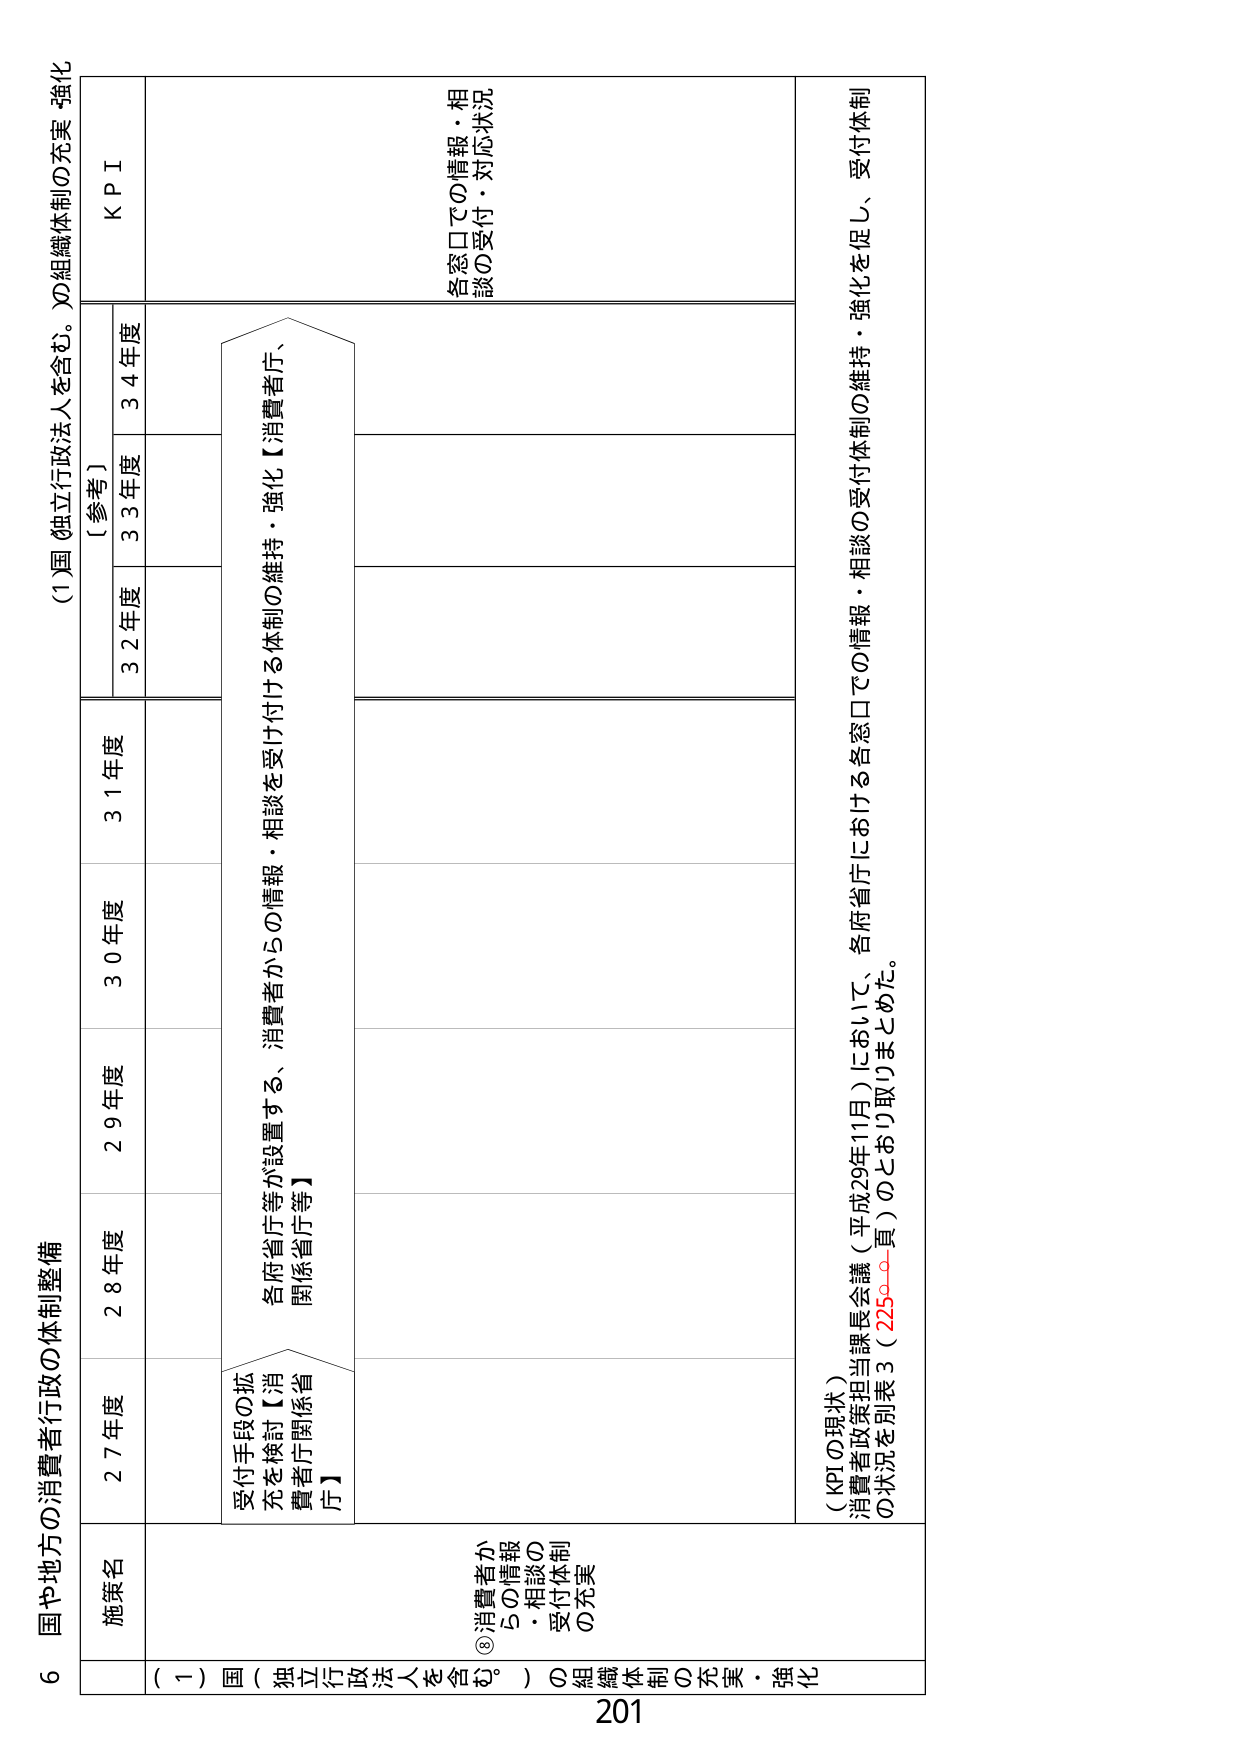
6 国や地方の消費者行政の体制整備

(1)国（独立行政法人を含む。）の組織体制の充実・強化

施策名
27年度
28年度
29年度
30年度
31年度
[参考]
32年度
33年度
34年度
KPI

(一) 国（独立行政法人を含む。）の組織体制の充実・強化

⑧消費者からの情報・相談の受付体制の充実

受付手段の拡充を検討【消費者庁関係省庁】

各府省庁等が設置する、消費者からの情報・相談を受け付ける体制の維持・強化【消費者庁、関係省庁等】

各窓口での情報・相談の受付・対応状況

（KPIの現状）
消費者政策担当課長会議（平成29年11月）において、各府省庁における各窓口での情報・相談の受付体制の維持・強化を促し、受付体制の状況を別表3（225ページ）のとおり取りまとめた。

201